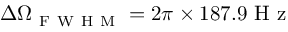
\Delta \Omega _ { \mathrm { ~ F ~ W ~ H ~ M ~ } } = 2 \pi \times 1 8 7 . 9 \mathrm { ~ H ~ z ~ }